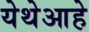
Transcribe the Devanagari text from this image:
येथेआहे